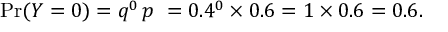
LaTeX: \operatorname* { P r } ( Y = 0 ) = q ^ { 0 } \, p \ = 0 . 4 ^ { 0 } \times 0 . 6 = 1 \times 0 . 6 = 0 . 6 .